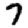
Digit: 7